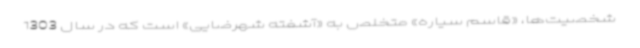
شخصیت‌ها، «قاسم سیاره» متخلص به «آشفته شهرضایی» است که در سال 1303